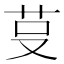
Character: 𰰭